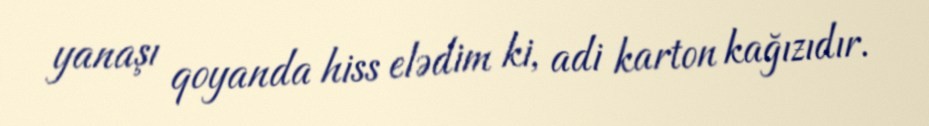
yanaşı qoyanda hiss elədim ki, adi karton kağızıdır.